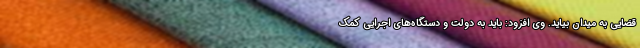
قضایی به میدان بیاید. وی افزود: باید به دولت و دستگاه‌های اجرایی کمک